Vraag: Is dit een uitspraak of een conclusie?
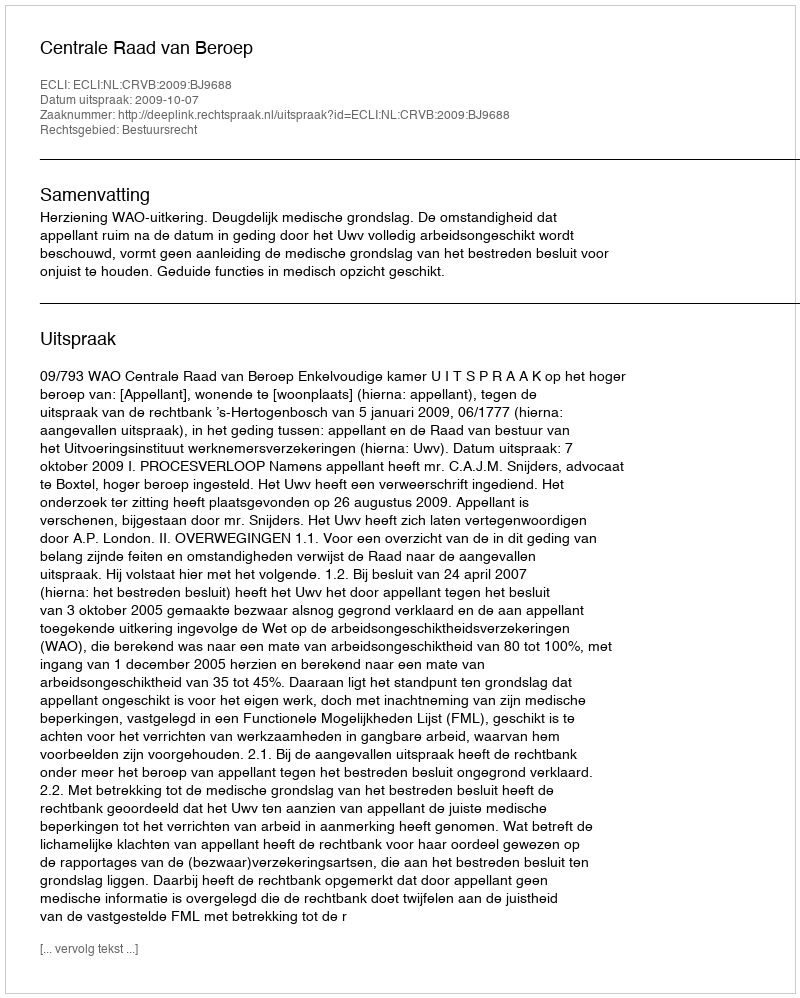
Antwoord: Uitspraak